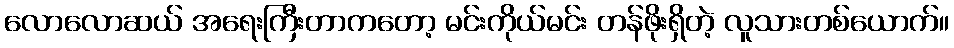
လောလောဆယ် အရေးကြီးတာကတော့ မင်းကိုယ်မင်း တန်ဖိုးရှိတဲ့ လူသားတစ်ယောက်။